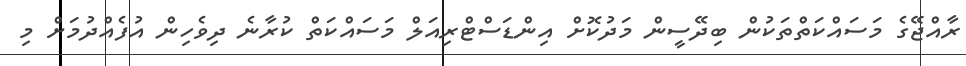
ރާއްޖޭގެ މަސައްކަތްތަކުން ބިދޭސީން މަދުކޮށް އިންޑަސްޓްރިއަލް މަސައްކަތް ކުރާނެ ދިވެހިން އުފެއްދުމަށް މި